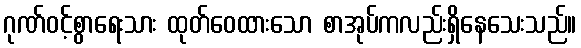
ဂုဏ်ဝင့်စွာရေးသား ထုတ်ဝေထားသော စာအုပ်ကလည်းရှိနေသေးသည်။